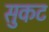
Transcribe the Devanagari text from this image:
सुकट